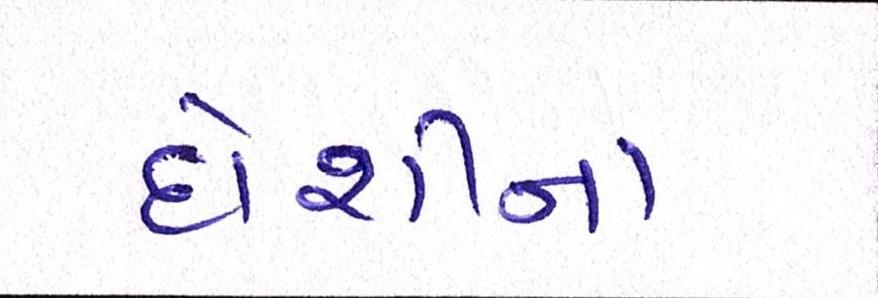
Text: દોશીના